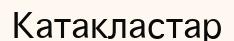
Катакластар